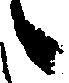
々